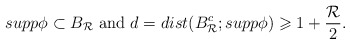
\begin{align*} supp\phi \subset B_{\mathcal{R}} \mbox{ and } d=dist(B^{c}_{\mathcal{R}};supp\phi) \geqslant 1 + \frac{\mathcal{R}}{2}. \end{align*}